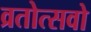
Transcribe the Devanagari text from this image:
व्रतोत्सवो